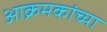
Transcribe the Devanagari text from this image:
आक्रमकांच्या